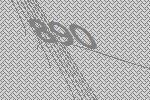
890